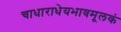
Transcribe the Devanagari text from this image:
चाधाराधेयभावमूलकं